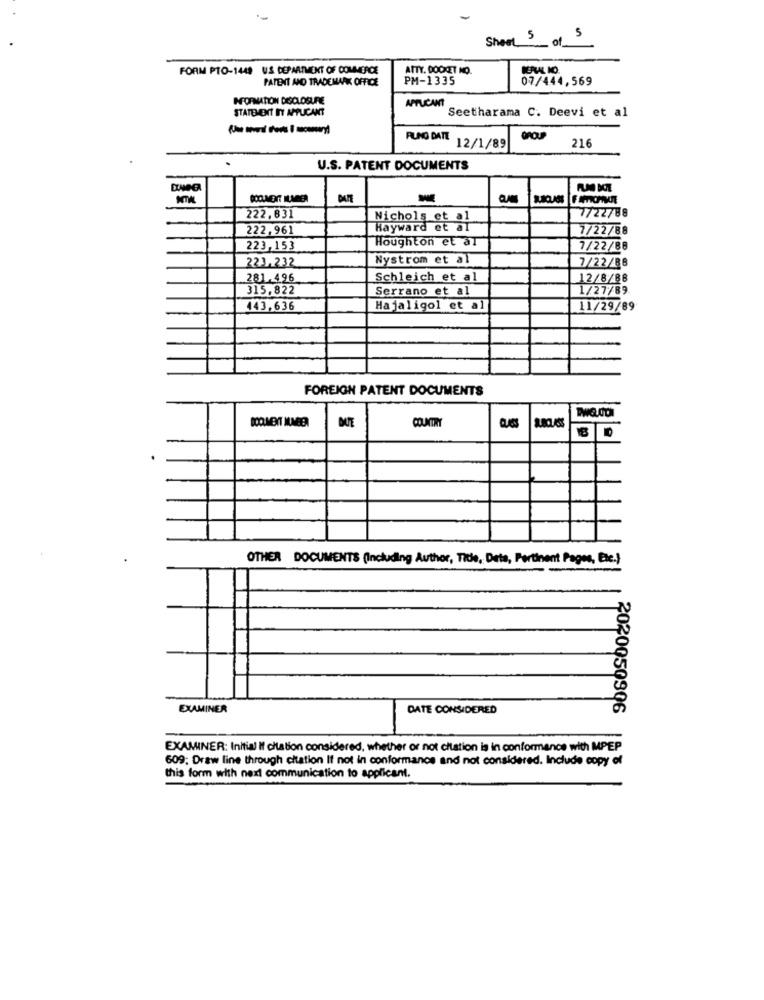
Sheet 5 of 5
FORM PTO-1448 US DEPARTMENT OF COMMERCE
ATTY. DOCKCET NO.
PATENT AND TRADEMARK OFFICE
PM-1335
07/444,569
INFORMATION DISCLOSURE
APPLICANT
STATEMENT INY APPLICANT
Seetharama C. Deevi et al
RUNG DATE
GROUP
216
12/1/89
U.S. PATENT DOCUMENTS
NTW
222,831
Nichols et al
7722788
222,961
Hayward et al
7/22/88
Houghton et ar
223,153
7/22/88
Nystrom et al
223,232
7/22/88
281.496
Schleich et al
12/8/88
315,822
Serrano et al
1/27/89
443,636
Hajaligol et al
11/29/89
FOREIGN PATENT DOCUMENTS
COUNTRY
OTHER DOCUMENTS (Including Author, Title, Dets, Pertinent Pages, Etc.)
EXAMINER
DATE CONSIDERED
2020050906
EXAMINER: Initial if citation considered, whether or not citation is in conformance with MPEP
609; Draw line through citation If not in conformance and not considered. Include copy of
this form with next communication to applicant.